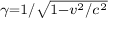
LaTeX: \scriptstyle \gamma = 1 / { \sqrt { 1 - { v ^ { 2 } } / { c ^ { 2 } } } }